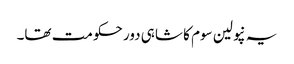
یہ نپولین سوم کا شاہی دور حکومت تھا۔